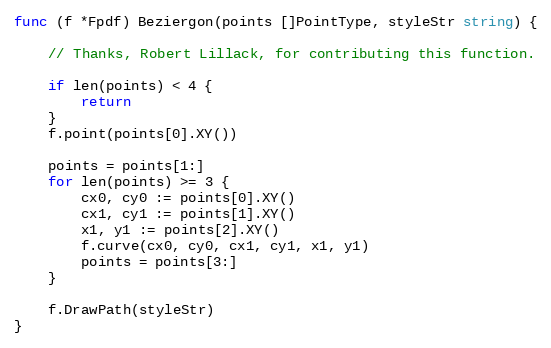
Language: Go
func (f *Fpdf) Beziergon(points []PointType, styleStr string) {

	// Thanks, Robert Lillack, for contributing this function.

	if len(points) < 4 {
		return
	}
	f.point(points[0].XY())

	points = points[1:]
	for len(points) >= 3 {
		cx0, cy0 := points[0].XY()
		cx1, cy1 := points[1].XY()
		x1, y1 := points[2].XY()
		f.curve(cx0, cy0, cx1, cy1, x1, y1)
		points = points[3:]
	}

	f.DrawPath(styleStr)
}